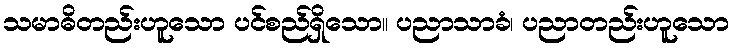
သမာဓိတည်းဟူသော ပင်စည်ရှိသော။ ပညာသာခံ၊ ပညာတည်းဟူသော